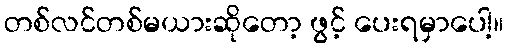
တစ်လင်တစ်မယားဆိုတော့ ဖွင့် ပေးရမှာပေါ့။